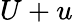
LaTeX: U+u